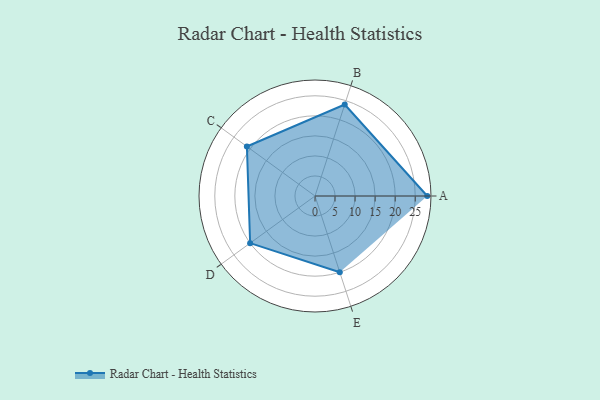
{"axis": {"x": "Skill", "y": "Score"}, "legend": ["Profile"], "data": [{"x": "A", "y": 28.0, "type": "Profile"}, {"x": "B", "y": 24.0, "type": "Profile"}, {"x": "C", "y": 21.0, "type": "Profile"}, {"x": "D", "y": 20, "type": "Profile"}, {"x": "E", "y": 20, "type": "Profile"}]}